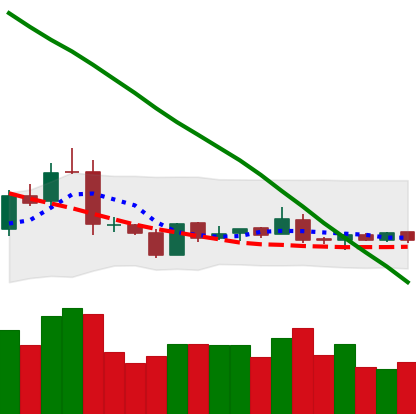
Ticker: NEO-USD
Chart end date: 2019-01-25
Forward return: -6.315%
Label: down_5_7